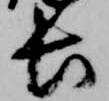
長